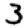
Digit: 3